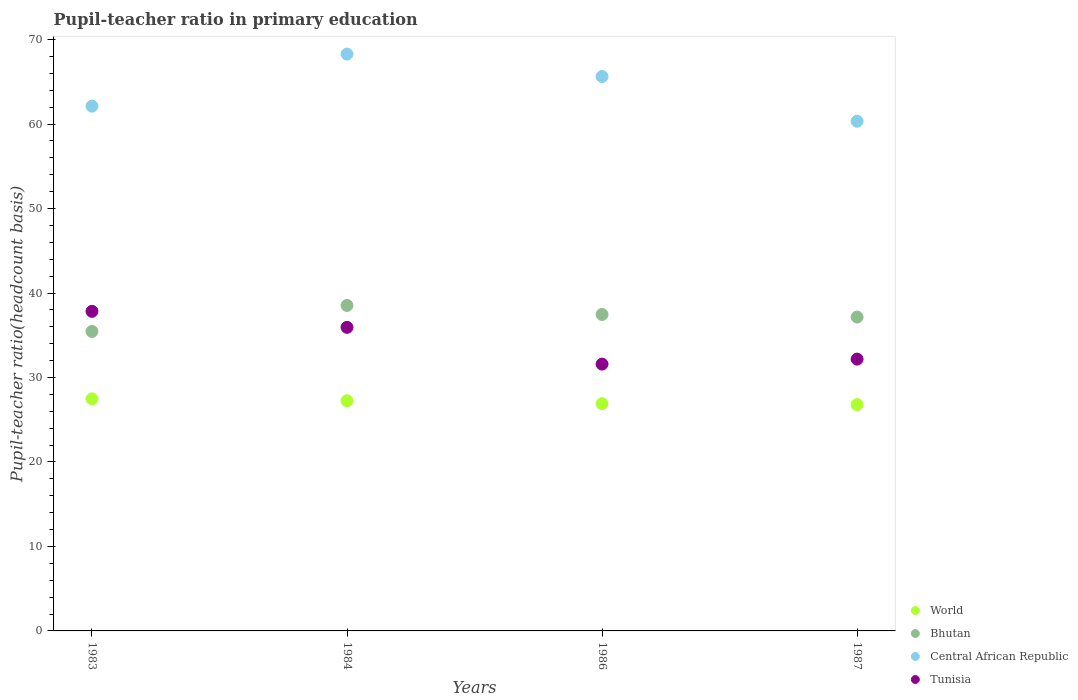
| Years | World | Bhutan | Central African Republic | Tunisia |
 | --- | --- | --- | --- | --- |
 | 1983 | 27.5 | 35.5 | 62.1 | 37.8 |
 | 1984 | 27.3 | 38.5 | 68.3 | 35.9 |
 | 1986 | 26.9 | 37.5 | 65.6 | 31.6 |
 | 1987 | 26.8 | 37.2 | 60.3 | 32.2 |